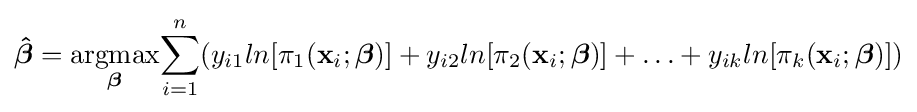
{\boldsymbol {\hat {\beta }}}={\underset {\boldsymbol {\beta }}{\operatorname {argmax} }}{\sum _{i=1}^{n}(y_{i1}ln[\pi _{1}(\mathbf {x} _{i};{\boldsymbol {\beta }})]+y_{i2}ln[\pi _{2}(\mathbf {x} _{i};{\boldsymbol {\beta }})]+\ldots +y_{ik}ln[\pi _{k}(\mathbf {x} _{i};{\boldsymbol {\beta }})])}